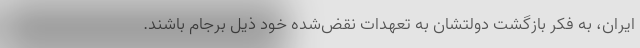
ایران، به فکر بازگشت دولتشان به تعهدات نقض‌شده خود ذیل برجام باشند.